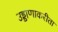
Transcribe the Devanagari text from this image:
उड्डाणाकरीता